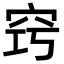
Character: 窍